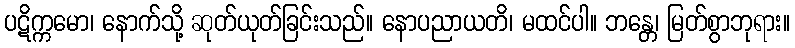
ပဋိက္ကမော၊ နောက်သို့ ဆုတ်ယုတ်ခြင်းသည်။ နောပညာယတိ၊ မထင်ပါ။ ဘန္တေ၊ မြတ်စွာဘုရား။